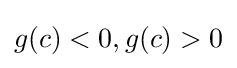
g(c)<0,g(c)>0